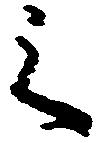
之